Indian journal of veterinary science and animal husbandry - Volume 9,
Year: 1939
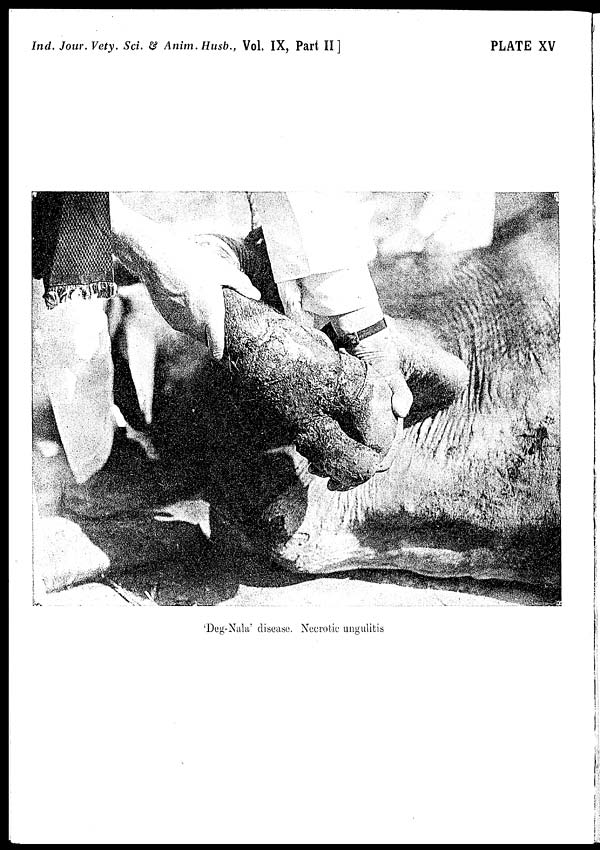
Ind. Jour. Vety. Sci. & Anim. Husb., Vol. IX, Part II ]
PLATE XV
'Deg-Nala' disease. Necrotic ungulitis